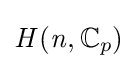
{\mathit {H}}({\mathit {n}},\mathbb {C} _{p})